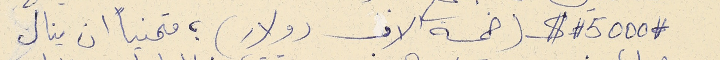
# 5000 # $ (خمسة الاف دولار) ؛ متمنياً ان ينال